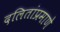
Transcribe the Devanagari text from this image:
दलितांप्रमाणे